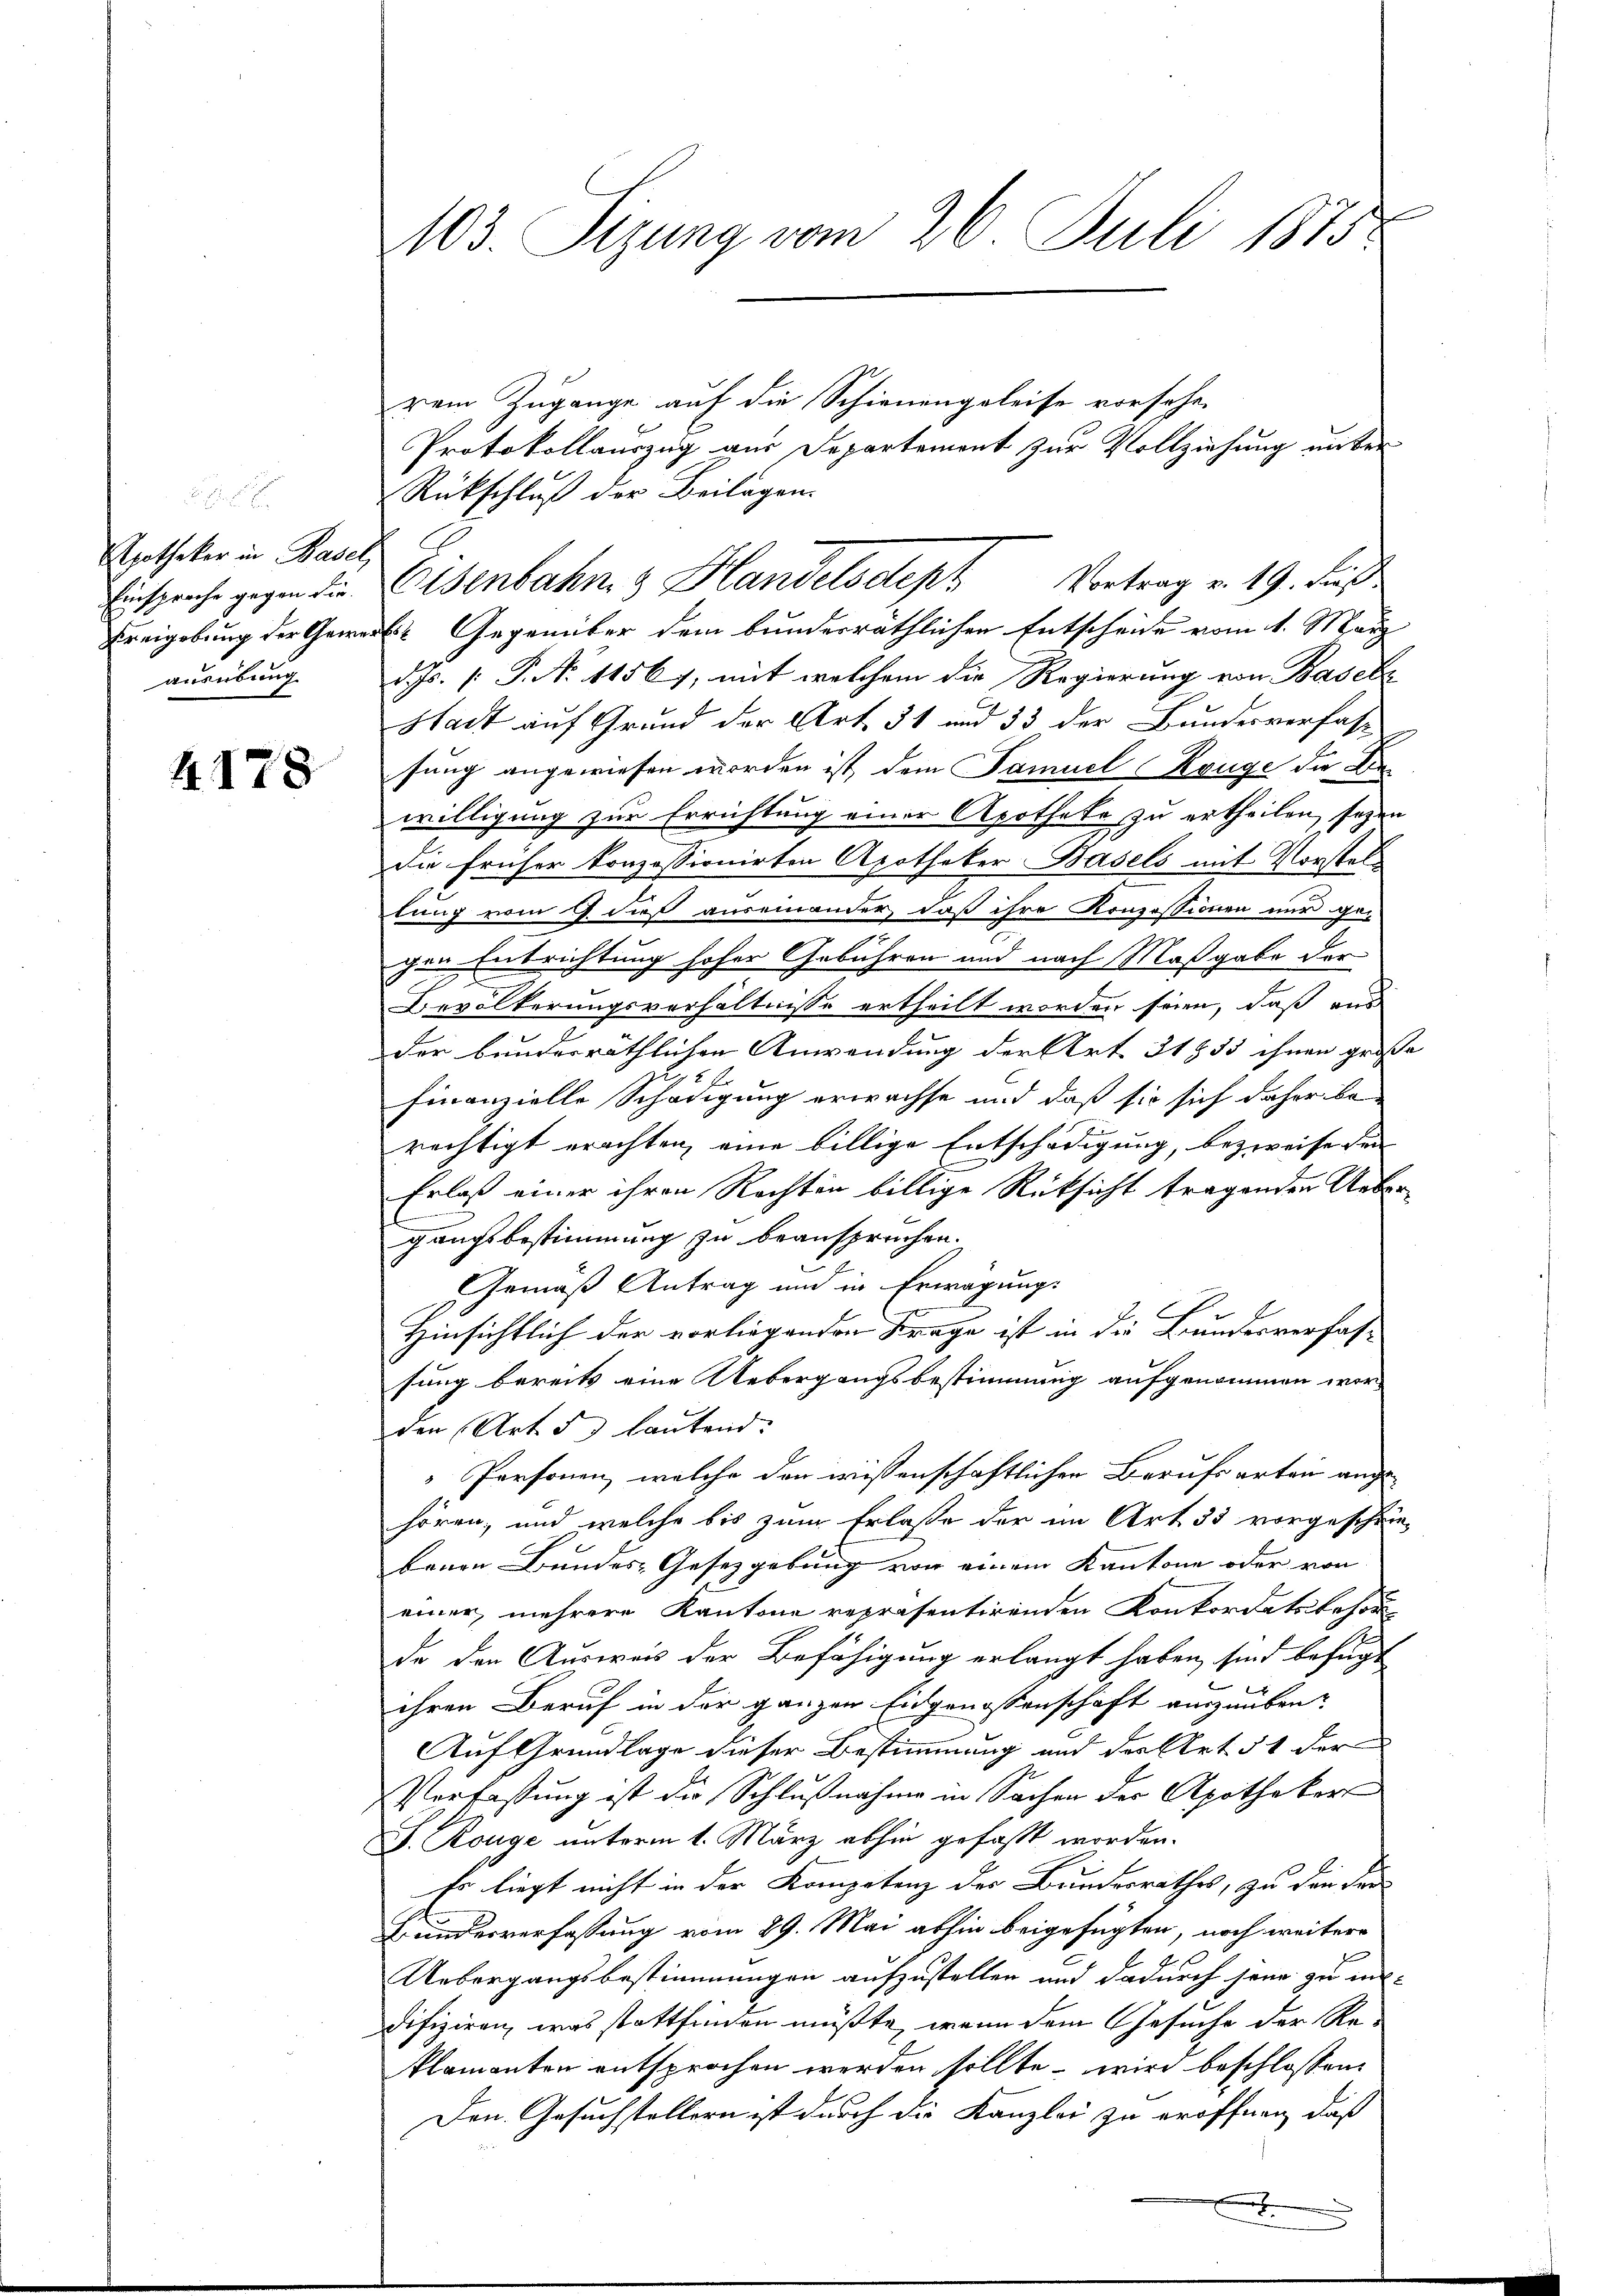
Apotheker in Basel,
Einsprache gegen die
ausübung

4178

103. Sizung vom 26. Juli 1875

rem Zugange auf die Schienengeleise vorsehen
Protokollauszug aus Departement zur Vollziehung unter
Rückschluß der Beilagen.
Freigebung der Gewerbs- Gegenüber dem bunderräthlichen Entscheide vom 1. März
d. Js. 1. P. No 11567, mit welchem die Regierung von Basels
Stadt auf Grund der Art. 31 und 33 der Bundesverfass
sung angewiesen worden ist, dem Samuel ange der Bewilligung zur Errichtung einer Apotheke zu ertheilen, seyen
Die früher konzessionirten Apotheker Basels mit Vorstel
lung vom 9 dieß auseinander, daß ihre Konzessionen nur ge-
gen Entrichtung hoher Gebühren und nach Maßgabe der
Bevölkerungsverhältnisse ertheilt worden seien, daß und
der bundesräthlichen Anwendung der Art. 31855 ihnen große
2
finanzielle Schädigung erwachse und daß sie sich daher be-
rechtigt erachten, eine billige Entschädigung, bezweife den
Erlaß einer ihren Rechten billige Rücksicht tragenden Uebergangsbestimmung zu beanspruchen.
Gemäß Antrag und in Erwägungs
Hinsichtlich der vorliegenden Frage ist in die Bundesverfas-
sung bereits eine Uebergangsbestimmung aufgenommen worden (Art. 5 lautend:
Personen, welche den wissenschaftlichen Berufsarten angehören; und welche bis zum Erlasse der im Art. 35 vorgeschrie-
benen Bundes-Gesetzgebung von einem Kantone oder vor
einer, mehrere Kantone repräsentirenden Konkordatsbesor
de den Ausweis der Befähigung erlangt haben, sind befügt
ihren Beruf in der ganzen Eidgenossenschaft auszuüben-
Auf Grundlage dieser Bestimmung und der Art. 51 der
Verfassung ist die Schlußnahme in Sachen der Apothekert
J. Ronge unterm 1. März abhin gefaßt worden.
Es liegt nicht in der Kompetenz der Bundesrathes, zu den Fri
Kundesverfassung vom 29. Mai abhin beigefügten, noch weitere
Uebergangsbestimmungen aufzustellen und dadurch sein zu un¬
Difiziren, was stattfinden müßte, wenn dem Gesuche der Re-
klamanten entsprochen werden sollte, wird beschlossen:
Den Gesuchstellern ist durch die Kanzlei zu eröffnen, daß
x

Eisenbahn, 3 Handelsdept Vortrag v. 19. dieß